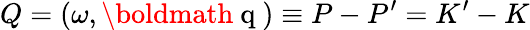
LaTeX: Q=(\omega,\mathrm{\boldmath~q~})\equiv P-P^{\prime}=K^{\prime}-K